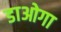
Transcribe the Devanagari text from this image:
डाओगा